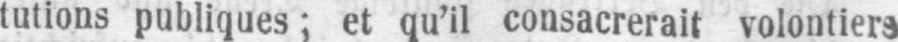
tutions publiques; et qu’il consacrerait volontiers